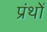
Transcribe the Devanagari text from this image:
प्रंथों